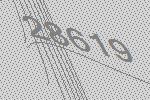
28619